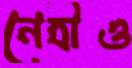
নেত্রীও